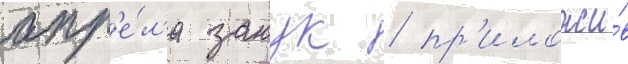
апр'е́л'я занук / пр'иложи́в